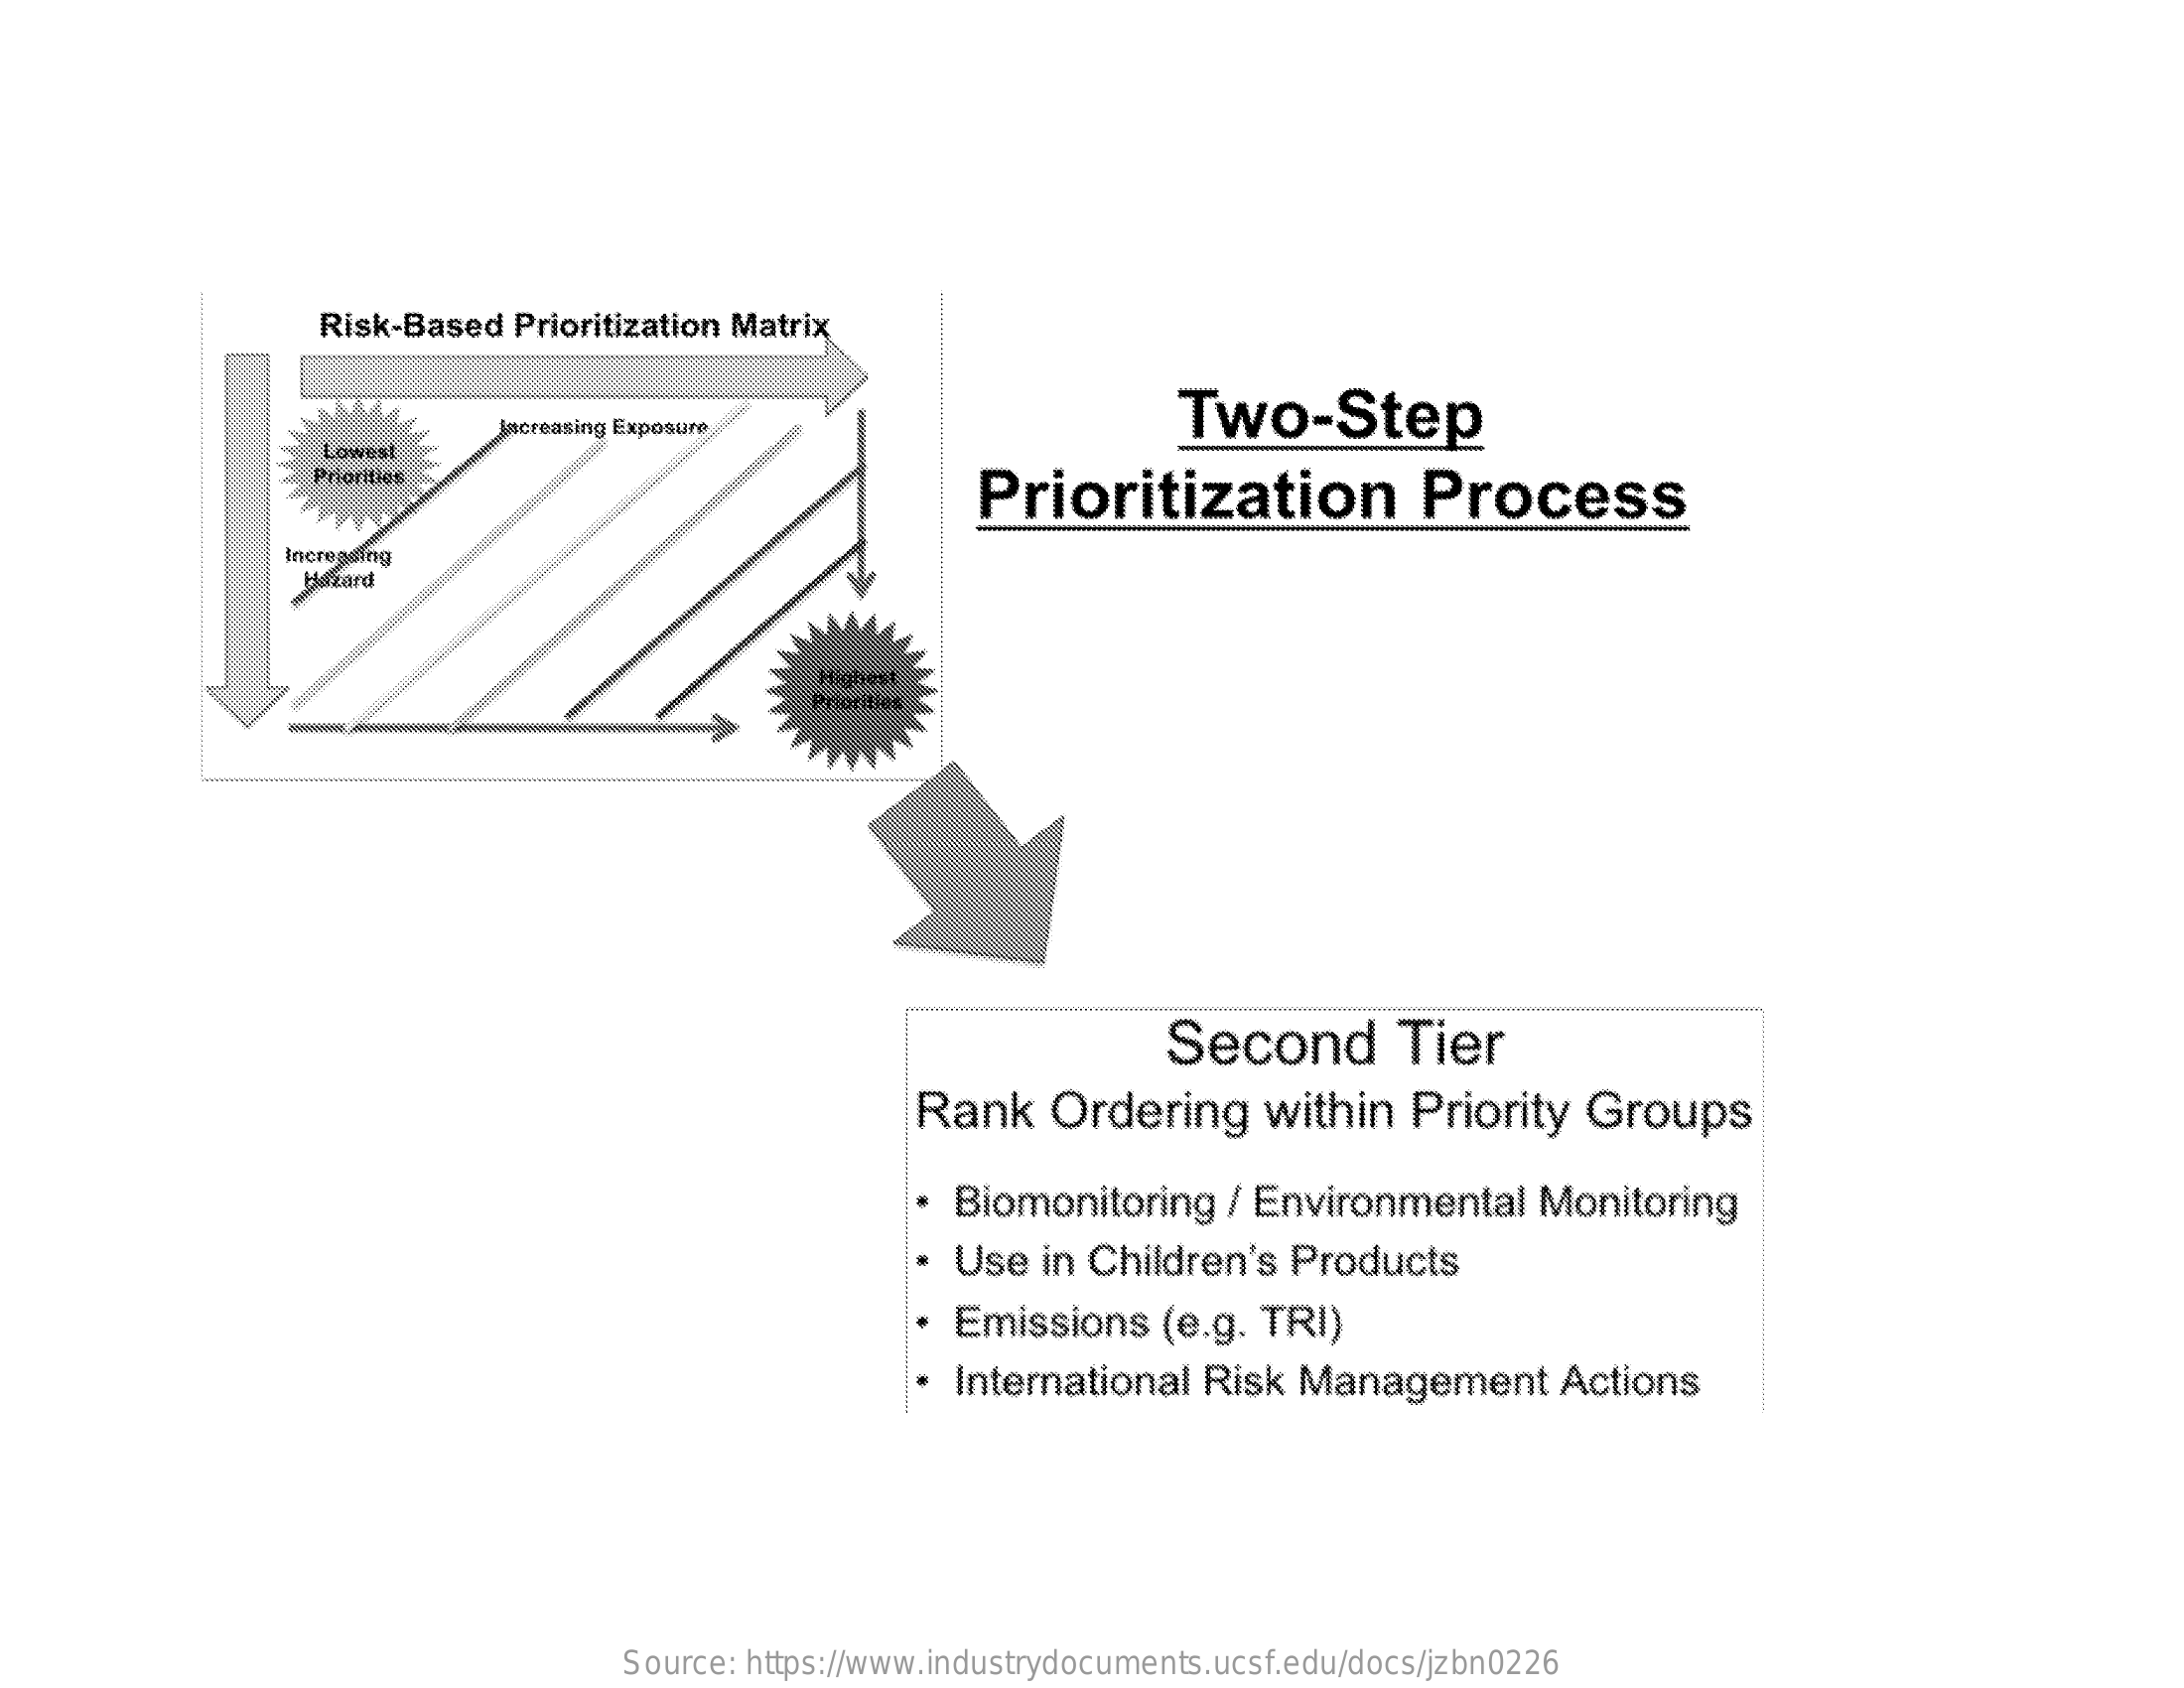
Risk-Based  Prioritization Matrix
     Two-Step acreasing Exposure
     Lowest
     Priorities
     Prioritization    Process
     Increasing
     Hazard
     Priorities
     Second    Tier
     Rank    Ordering    within   Priority   Groups
     Biomonitoring    / Environmental    Monitoring
     Use  in Children's   Products
     Emissions    (e.g.  TRI)
     International   Risk  Management    Actions
     Source: https://www.industrydocuments.ucsf.edu/docs/jzbn0226